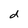
Character: d